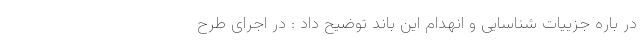
در باره جزییات شناسایی و انهدام این باند توضیح داد : در اجرای طرح